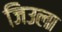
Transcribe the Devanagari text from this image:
जिउला